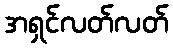
အရှင်လတ်လတ်